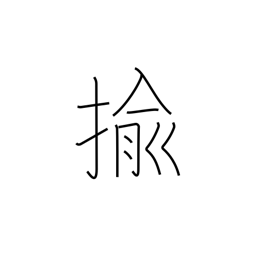
Meaning: pull